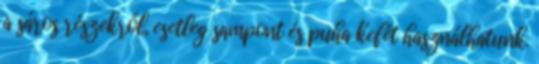
a sáros részekről, esetleg sampont és puha kefét használhatunk.